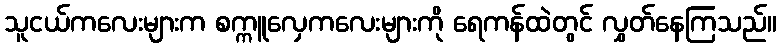
သူငယ်ကလေးများက စက္ကူလှေကလေးများကို ရေကန်ထဲတွင် လွှတ်နေကြသည်။